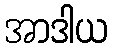
အာဒါယ